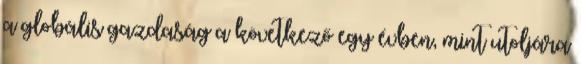
a globális gazdaság a következő egy évben, mint utoljára